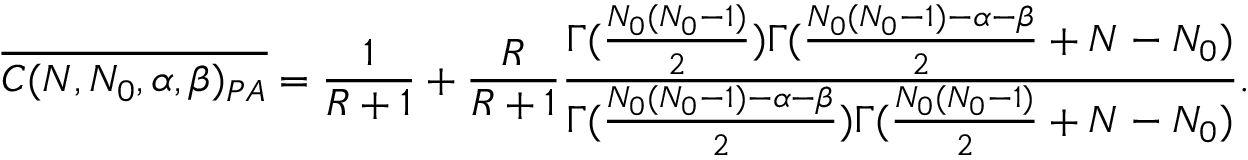
\overline { { C ( N , N _ { 0 } , \alpha , \beta ) _ { P A } } } = \frac { 1 } { R + 1 } + \frac { R } { R + 1 } \frac { \Gamma ( \frac { N _ { 0 } ( N _ { 0 } - 1 ) } { 2 } ) \Gamma ( \frac { N _ { 0 } ( N _ { 0 } - 1 ) - \alpha - \beta } { 2 } + N - N _ { 0 } ) } { \Gamma ( \frac { N _ { 0 } ( N _ { 0 } - 1 ) - \alpha - \beta } { 2 } ) \Gamma ( \frac { N _ { 0 } ( N _ { 0 } - 1 ) } { 2 } + N - N _ { 0 } ) } .